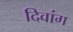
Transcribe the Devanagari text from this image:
दिवांग